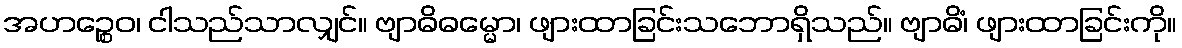
အဟဉ္စေဝ၊ ငါသည်သာလျှင်။ ဗျာဓိဓမ္မော၊ ဖျားထာခြင်းသဘောရှိသည်။ ဗျာဓိံ၊ ဖျားထာခြင်းကို။